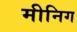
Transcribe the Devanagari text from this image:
मीनिग